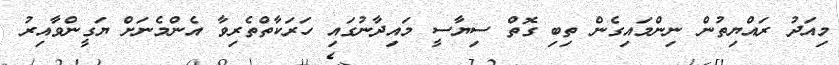
މިއަދު ރައްޔިތުން ނިންމައިގެން ތިބި ގޮތް ސިޔާސީ މައިދާނުގައި ހަރަކާތްތެރިވާ އެންމެނަށް ޔަގީންވާއިރު